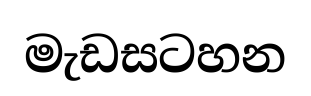
මැඩසටහන